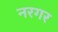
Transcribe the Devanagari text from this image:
नरगर